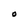
Character: O